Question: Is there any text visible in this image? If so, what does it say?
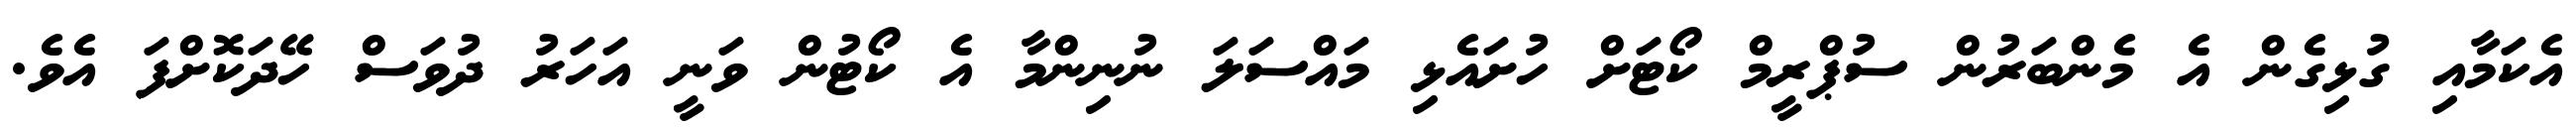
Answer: އެކަމާއި ގުޅިގެން އެ މެންބަރުން ސުޕްރީމް ކޯޓަށް ހުށައެޅި މައްސަލަ ނުނިންމާ އެ ކޯޓުން ވަނީ އަހަރު ދުވަސް ހޭދަކޮށްފަ އެވެ.